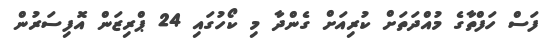
ފަސް ހަފްތާގެ މުއްދަތަށް ކުރިއަށް ގެންދާ މި ކޯހުގައި 24 ޕްރިޒަން އޮފިސަރުން